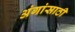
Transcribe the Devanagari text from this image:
अंगांसाठी